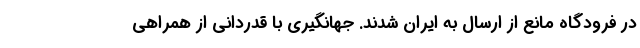
در فرودگاه مانع از ارسال به ایران شدند. جهانگیری با قدردانی از همراهی